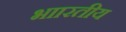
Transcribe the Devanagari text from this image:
भाारतीय